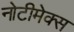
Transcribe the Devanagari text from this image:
नोटीमेक्स